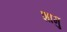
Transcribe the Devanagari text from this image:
शामु